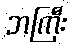
ဘကြီး